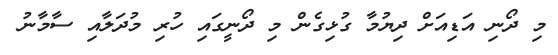
މި ދޯނި އަޑިއަށް ދިޔުމާ ގުޅިގެން މި ދޯނީގައި ހުރި މުދަލާއި ސާމާނު